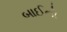
બાઈનો